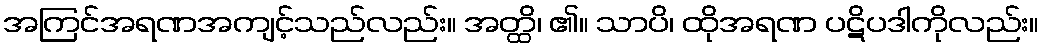
အကြင်အရဏအကျင့်သည်လည်း။ အတ္ထိ၊ ၏။ သာပိ၊ ထိုအရဏ ပဋိပဒါကိုလည်း။